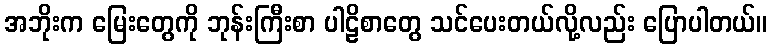
အဘိုးက မြေးတွေကို ဘုန်းကြီးစာ ပါဠိစာတွေ သင်ပေးတယ်လို့လည်း ပြောပါတယ်။